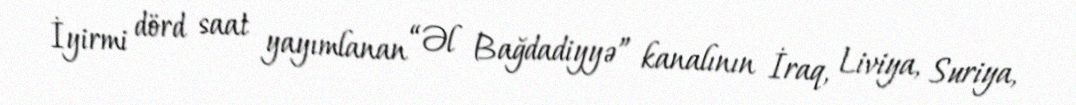
İyirmi dörd saat yayımlanan “Əl Bağdadiyyə” kanalının İraq, Liviya, Suriya,